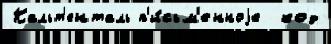
Кальт'енталь п'и́сьм'енноjе  код